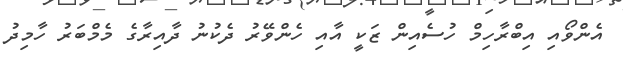
އެންވޯއި އިބްރާހިމް ހުސެއިން ޒަކީ އާއި ހެންވޭރު ދެކުނު ދާއިރާގެ މެމްބަރު ހާމިދު